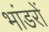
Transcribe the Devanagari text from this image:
भांडरों